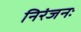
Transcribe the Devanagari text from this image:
निरंजनः